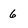
Character: 6